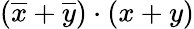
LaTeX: ({\overline{{x}}}+{\overline{{y}}})\cdot(x+y)